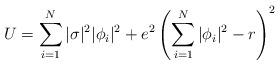
LaTeX: \begin{align*}U=\sum_{i=1}^{N}|\sigma|^{2}|\phi_{i}|^{2} + e^{2}\left(\sum_{i=1}^{N}|\phi_{i}|^{2}-r\right)^{2}\end{align*}